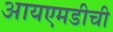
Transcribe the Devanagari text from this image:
आयएमडीची